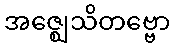
အဇ္ဈေသိတဗ္ဗော